Annual report of the Central Committee of the Association together with the report of the directors of the Pasteur Institute at Kasauli
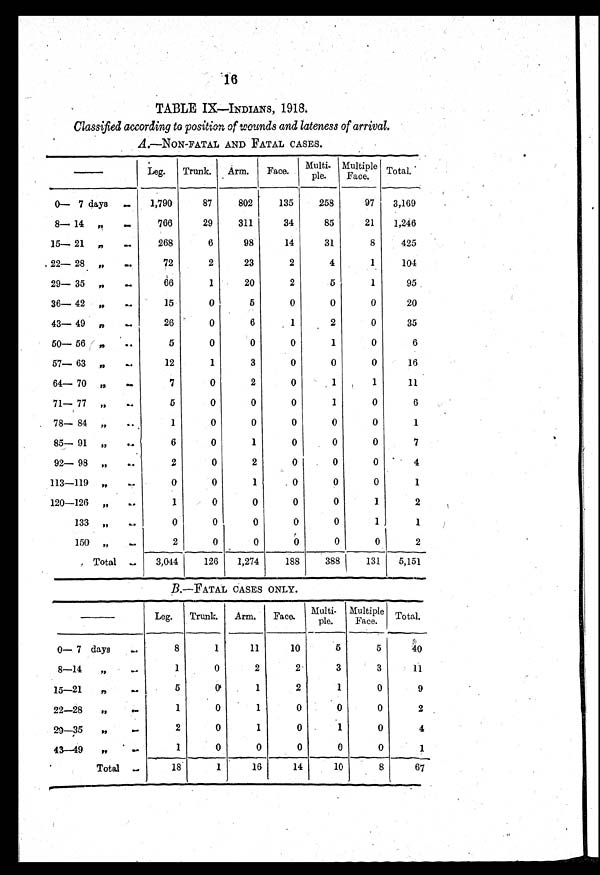
16
TABLE IX—INDIANS, 1918.
Classified according to position of wounds and lateness of arrival.
A.—NON-FATAL AND FATAL CASES.
—
Leg.
Trunk.
Arm.
Face.
Multi ¬ p l e Multiple
Face.
Total.
0— 7 days ..
1,790
87
802
135
258
97
3,169
8— 14 „
..
766
29
311
34
85
21
1,246
15—21 ,,
..
268
6
98
14
31
8
425
22—28 „
. .
72
2
23
2
4
1
104
29—35 „
..
66
1
20
2
5
1
95
36—42 „
..
15
0
5
0
0
0
20
43— 49 ,,
..
26
0
6
1
2
0
35
50—56 „ ..
5
0
0
0
1
0
6
57—63 ,,
..
12
1
3
0
0
0
16
64—70 „
..
7
0
2
0
1
1
11
71—77 „
..
5
0
0
0
1
0
6
78— 84 „
•
1
0
0
0
0
0
1
85—91 „
..
6
0
1
0
0
0
7
92— 98 „
..
2
0
2
0
0
0
4
113—119 „
..
0
0
1
0
0
0
1
120—126 „
..
1
0
0
0
0
1
2
133 „
0
0
0
0
0
1
1
150 „
. .
2
0
0
0
0
o
2
Total ...
3,044
126
1,274
188
388
131
5,151
B .—FATAL CASES ONLY.
— Leg.
Trunk.
Arm.
Face.
Multi
¬ple.
Multiple
Face.
Total.
0— 7 days
. .
8
1
11
10
5
5
40
8—14 , , . .
1
0
2
2
3
3
11
15—21
„
. .
5
0
1
2
1
0
9
22—28
„
. .
1
0
1
0
0
0
2
29—35
„
. .
2
0
1
0
1
0
4
43—49
„ ..
1
0
0
0
0
0
1
Total
. .
18
1
16
14
10
8
67